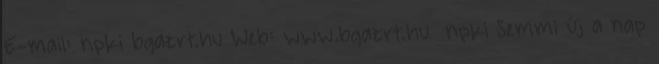
E-mail: npki bgazrt.hu Web: www.bgazrt.hu npki Semmi új a nap